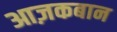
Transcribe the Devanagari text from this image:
आज़कबान